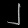
Digit: ၂